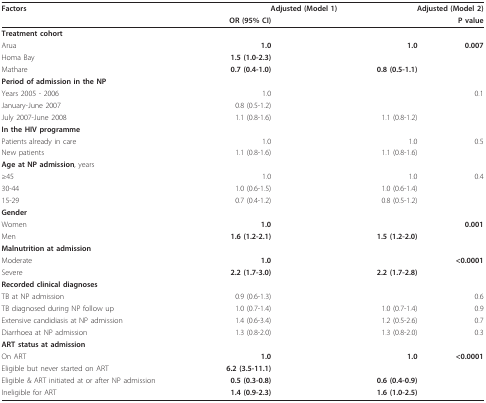
<table><thead><tr><td><b>Factors</b></td><td colspan="2"><b>Adjusted (Model 1)</b></td><td colspan="2"><b>Adjusted (Model 2)</b></td></tr></thead><tbody><tr><td>[EMPTY_CELL]</td><td><b>OR (95% CI)</b></td><td>[EMPTY_CELL]</td><td>[EMPTY_CELL]</td><td><b>P value</b></td></tr><tr><td><b>Treatment cohort</b></td><td>[EMPTY_CELL]</td><td>[EMPTY_CELL]</td><td>[EMPTY_CELL]</td><td>[EMPTY_CELL]</td></tr><tr><td>Arua</td><td><b>1.0</b></td><td>[EMPTY_CELL]</td><td><b>1.0</b></td><td><b>0.007</b></td></tr><tr><td>Homa Bay</td><td><b>1.5 (1.0-2.3)</b></td><td>[EMPTY_CELL]</td><td>[EMPTY_CELL]</td><td>[EMPTY_CELL]</td></tr><tr><td>Mathare</td><td><b>0.7 (0.4-1.0)</b></td><td>[EMPTY_CELL]</td><td><b>0.8 (0.5-1.1)</b></td><td>[EMPTY_CELL]</td></tr><tr><td><b>Period of admission in the NP</b></td><td>[EMPTY_CELL]</td><td>[EMPTY_CELL]</td><td>[EMPTY_CELL]</td><td>[EMPTY_CELL]</td></tr><tr><td>Years 2005 - 2006</td><td>1.0</td><td>[EMPTY_CELL]</td><td>[EMPTY_CELL]</td><td>0.1</td></tr><tr><td>January-June 2007</td><td>0.8 (0.5-1.2)</td><td>[EMPTY_CELL]</td><td>[EMPTY_CELL]</td><td>[EMPTY_CELL]</td></tr><tr><td>July 2007-June 2008</td><td>1.1 (0.8-1.6)</td><td>[EMPTY_CELL]</td><td>1.1 (0.8-1.2)</td><td>[EMPTY_CELL]</td></tr><tr><td><b>In the HIV programme</b></td><td>[EMPTY_CELL]</td><td>[EMPTY_CELL]</td><td>[EMPTY_CELL]</td><td>[EMPTY_CELL]</td></tr><tr><td>Patients already in care</td><td>1.0</td><td>[EMPTY_CELL]</td><td>1.0</td><td>0.5</td></tr><tr><td>New patients</td><td>1.1 (0.8-1.6)</td><td>[EMPTY_CELL]</td><td>1.1 (0.8-1.6)</td><td>[EMPTY_CELL]</td></tr><tr><td><b>Age at NP admission</b>, years</td><td>[EMPTY_CELL]</td><td>[EMPTY_CELL]</td><td>[EMPTY_CELL]</td><td>[EMPTY_CELL]</td></tr><tr><td>≥45</td><td>1.0</td><td>[EMPTY_CELL]</td><td>1.0</td><td>0.4</td></tr><tr><td>30-44</td><td>1.0 (0.6-1.5)</td><td>[EMPTY_CELL]</td><td>1.0 (0.6-1.4)</td><td>[EMPTY_CELL]</td></tr><tr><td>15-29</td><td>0.7 (0.4-1.2)</td><td>[EMPTY_CELL]</td><td>0.8 (0.5-1.2)</td><td>[EMPTY_CELL]</td></tr><tr><td><b>Gender</b></td><td>[EMPTY_CELL]</td><td>[EMPTY_CELL]</td><td>[EMPTY_CELL]</td><td>[EMPTY_CELL]</td></tr><tr><td>Women</td><td><b>1.0</b></td><td>[EMPTY_CELL]</td><td>[EMPTY_CELL]</td><td><b>0.001</b></td></tr><tr><td>Men</td><td><b>1.6 (1.2-2.1)</b></td><td>[EMPTY_CELL]</td><td><b>1.5 (1.2-2.0)</b></td><td>[EMPTY_CELL]</td></tr><tr><td><b>Malnutrition at admission</b></td><td>[EMPTY_CELL]</td><td>[EMPTY_CELL]</td><td>[EMPTY_CELL]</td><td>[EMPTY_CELL]</td></tr><tr><td>Moderate</td><td><b>1.0</b></td><td>[EMPTY_CELL]</td><td>[EMPTY_CELL]</td><td><b>&lt;0.0001</b></td></tr><tr><td>Severe</td><td><b>2.2 (1.7-3.0)</b></td><td>[EMPTY_CELL]</td><td><b>2.2 (1.7-2.8)</b></td><td>[EMPTY_CELL]</td></tr><tr><td><b>Recorded clinical diagnoses</b></td><td>[EMPTY_CELL]</td><td>[EMPTY_CELL]</td><td>[EMPTY_CELL]</td><td>[EMPTY_CELL]</td></tr><tr><td>TB at NP admission</td><td>0.9 (0.6-1.3)</td><td>[EMPTY_CELL]</td><td>[EMPTY_CELL]</td><td>0.6</td></tr><tr><td>TB diagnosed during NP follow up</td><td>1.0 (0.7-1.4)</td><td>[EMPTY_CELL]</td><td>1.0 (0.7-1.4)</td><td>0.9</td></tr><tr><td>Extensive candidiasis at NP admission</td><td>1.4 (0.6-3.4)</td><td>[EMPTY_CELL]</td><td>1.2 (0.5-2.6)</td><td>0.7</td></tr><tr><td>Diarrhoea at NP admission</td><td>1.3 (0.8-2.0)</td><td>[EMPTY_CELL]</td><td>1.3 (0.8-2.0)</td><td>0.3</td></tr><tr><td><b>ART status at admission</b></td><td>[EMPTY_CELL]</td><td>[EMPTY_CELL]</td><td>[EMPTY_CELL]</td><td>[EMPTY_CELL]</td></tr><tr><td>On ART</td><td><b>1.0</b></td><td>[EMPTY_CELL]</td><td><b>1.0</b></td><td><b>&lt;0.0001</b></td></tr><tr><td>Eligible but never started on ART</td><td><b>6.2 (3.5-11.1)</b></td><td>[EMPTY_CELL]</td><td>[EMPTY_CELL]</td><td>[EMPTY_CELL]</td></tr><tr><td>Eligible &amp; ART initiated at or after NP admission</td><td><b>0.5 (0.3-0.8)</b></td><td>[EMPTY_CELL]</td><td><b>0.6 (0.4-0.9)</b></td><td>[EMPTY_CELL]</td></tr><tr><td>Ineligible for ART</td><td><b>1.4 (0.9-2.3)</b></td><td>[EMPTY_CELL]</td><td><b>1.6 (1.0-2.5)</b></td><td>[EMPTY_CELL]</td></tr></tbody></table>